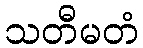
သတီမတံ